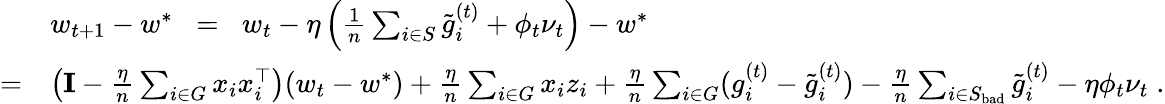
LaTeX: \begin{array}{rl}&{w_{t+1}-w^{*}\; \; =\; \; w_{t}-\eta\left(\frac{1}{n}\sum_{i\in S}\tilde{g}_{i}^{(t)}+\phi_{t}\nu_{t}\right)-w^{*}}\\ {=}&{\left(\mathbf{I}-\frac{\eta}{n}\sum_{i\in G}x_{i}x_{i}^{\top}\right)(w_{t}-w^{*})+\frac{\eta}{n}\sum_{i\in G}x_{i}z_{i}+\frac{\eta}{n}\sum_{i\in G}(g_{i}^{(t)}-\tilde{g}_{i}^{(t)})-\frac{\eta}{n}\sum_{i\in S_{\mathrm{bad}}}\tilde{g}_{i}^{(t)}-\eta\phi_{t}\nu_{t}\; .}\end{array}